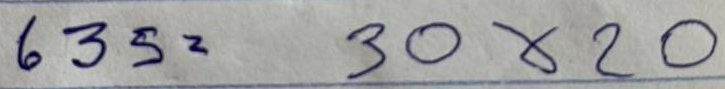
635 = 30x20